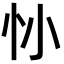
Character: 𢖹